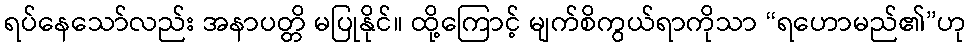
ရပ်နေသော်လည်း အနာပတ္တိ မပြုနိုင်။ ထို့ကြောင့် မျက်စိကွယ်ရာကိုသာ “ရဟောမည်၏”ဟု